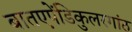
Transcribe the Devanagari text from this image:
बातएपेंडिकुलरगांठ